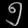
Digit: ၅